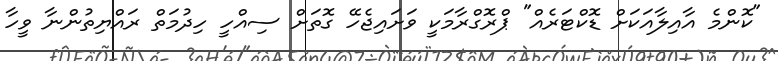
"ކޮންމެ އާއިލާއަކަށް ޑޮކްޓަރެއް" ޕްރޮގްރާމަކީ ވަށައިޖެހޭ ގޮތަށް ސިއްހީ ހިދުމަތް ރައްޔިތުންނާ ވީހާ